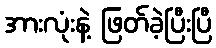
အားလုံးနဲ့ ဖြတ်ခဲ့ပြီးပြီ